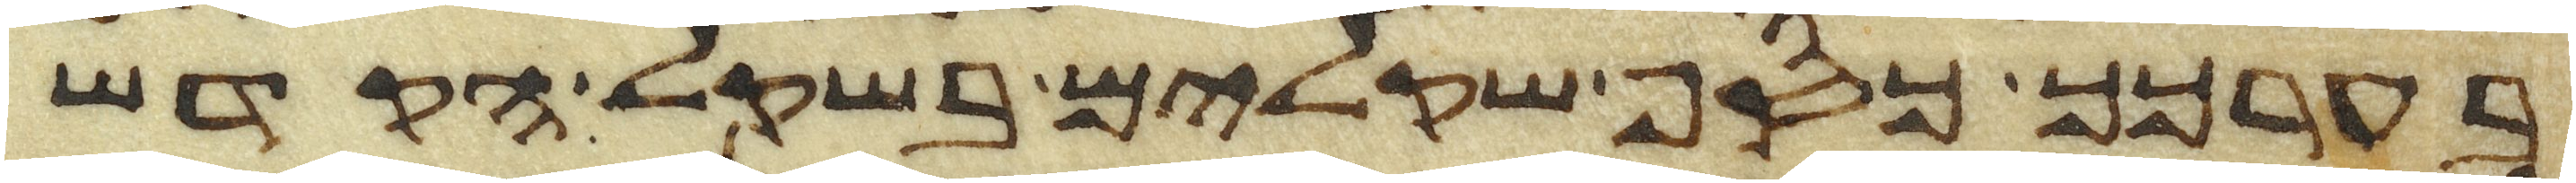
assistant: בערכך כסף שקלים בשקל הקדש